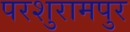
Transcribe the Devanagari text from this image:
परशुरामपुर